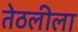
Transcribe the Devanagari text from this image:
तेठलीला